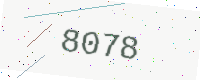
Text: 8078